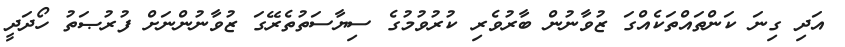
އަދި ގިނަ ކަންތައްތަކެއްގަ ޒުވާނުން ބާރުވެރި ކުރުވުމުގެ ސިޔާސަތުތެރޭގަ ޒުވާނުންނަށް ފުރުޞަތު ހޯދަދީ